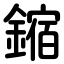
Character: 鏥